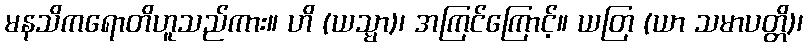
မနသိကရောတိဟူသည်ကား။ ဟိ (ယသ္မာ)၊ အကြင်ကြောင့်။ ယတြ (ယာ သမာပတ္တိ)၊